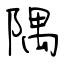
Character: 隅